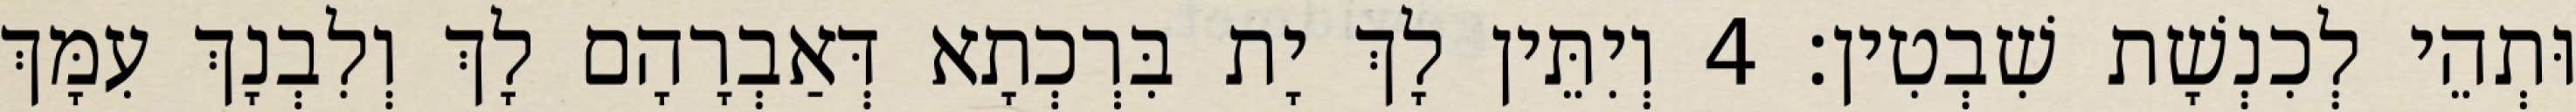
וּתְהֵי לְכִנְשָׁת שִׁבְטִין׃ 4 וְיִתֵּין לָךְ יָת בִּרְכְתָא דְּאַבְרָהָם לָךְ וְלִבְנָךְ עִמָּךְ